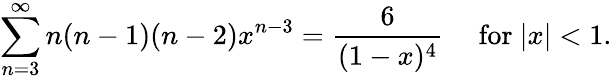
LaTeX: \sum_{n=3}^{\infty}n(n-1)(n-2)x^{n-3}={\frac{6}{(1-x)^{4}}}\quad{\mathrm{~for~}}|x|<1.